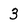
Character: 3